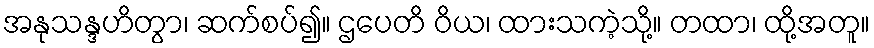
အနုသန္ဒဟိတွာ၊ ဆက်စပ်၍။ ဌပေတိ ဝိယ၊ ထားသကဲ့သို့။ တထာ၊ ထို့အတူ။